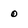
Character: o